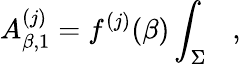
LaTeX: A_{\beta,1}^{(j)}=f^{(j)}(\beta)\int_{\Sigma}~~~,